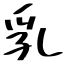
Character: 乳